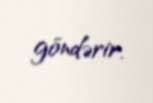
göndərir.